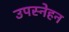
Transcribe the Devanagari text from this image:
उपस्नेहन